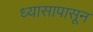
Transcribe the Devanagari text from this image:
ध्यासापासून